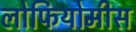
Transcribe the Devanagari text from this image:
लोफियोमीस